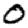
Digit: 0